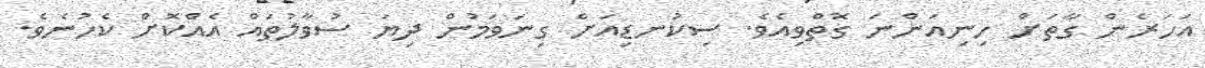
އަހަރެން ގާތަށް ހިނިއަންނަ ގޮތްވިއެވެ. ސިކުނޑިއަށް ގިނަވަމުން ދިޔަ ސުވާލުތައް އެއްކޮށް ކެހުނެވެ.